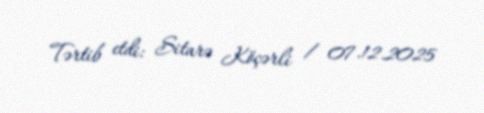
Tərtib etdi: Sitarə Köçərli / 07.12.2025